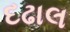
દઢાલ